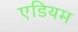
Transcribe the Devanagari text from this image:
एडियम